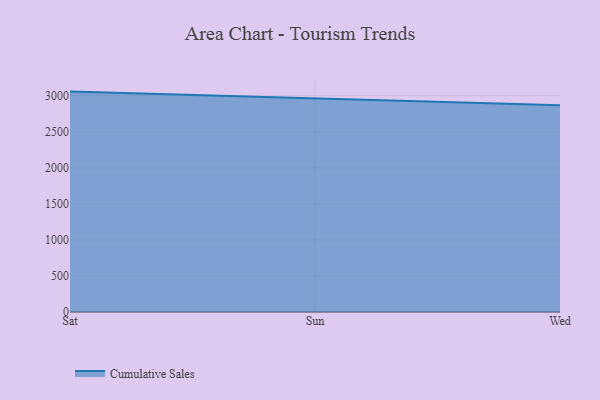
{"axis": {"x": "Day", "y": "Operating Costs (USD K)"}, "legend": ["Cumulative Sales"], "data": [{"x": "Sat", "y": 3057.3, "type": "Cumulative Sales"}, {"x": "Sun", "y": 2958.0, "type": "Cumulative Sales"}, {"x": "Wed", "y": 2867.5, "type": "Cumulative Sales"}]}